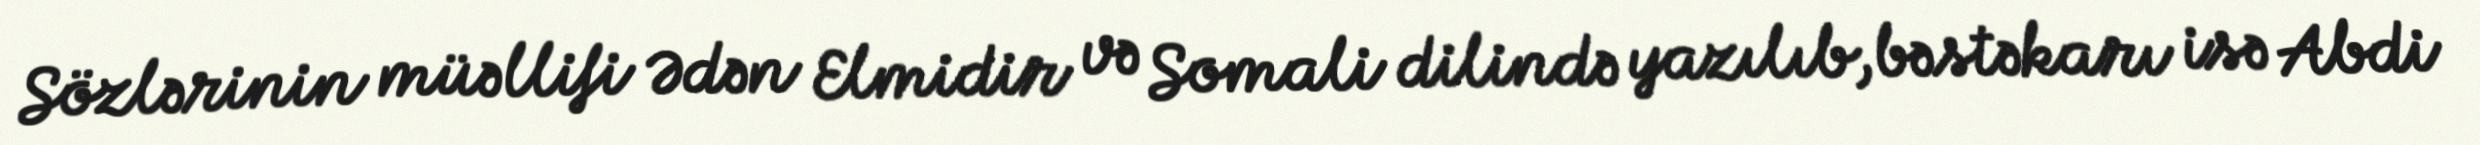
Sözlərinin müəllifi Ədən Elmidir və Somali dilində yazılıb,bəstəkarı isə Abdi